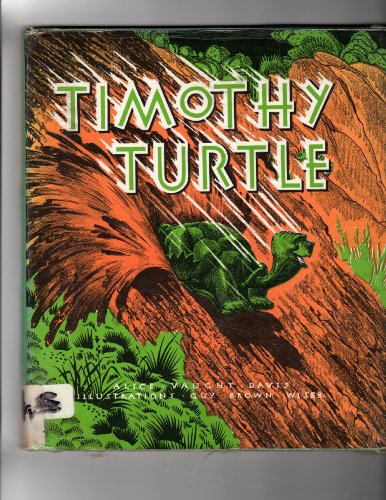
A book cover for Timothy Turtle; Alice V. Davis; Children's Books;